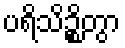
ပရိသိဉ္စိတွာ